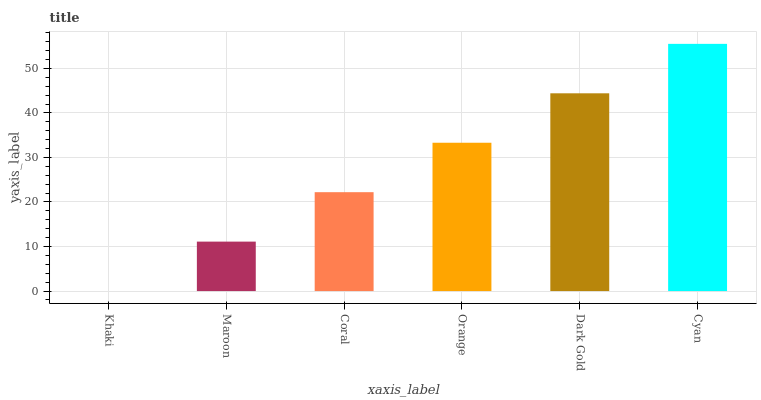
| xaxis_label | bars |
 | --- | --- |
 | Khaki | 0 |
 | Maroon | 11.1 |
 | Coral | 22.2 |
 | Orange | 33.3 |
 | Dark Gold | 44.4 |
 | Cyan | 55.5 |